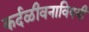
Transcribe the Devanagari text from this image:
कर्दळीवनाविषयी